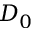
D _ { 0 }